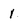
Character: 1